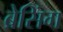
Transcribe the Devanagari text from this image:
ब्रेसिंग